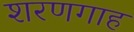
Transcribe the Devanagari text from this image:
शरणगाह